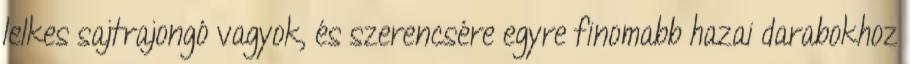
lelkes sajtrajongó vagyok, és szerencsére egyre finomabb hazai darabokhoz